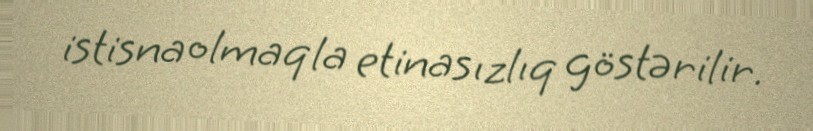
istisna olmaqla etinasızlıq göstərilir.